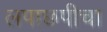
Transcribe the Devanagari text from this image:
लपाछपीचा